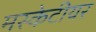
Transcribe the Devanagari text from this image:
मस्केटीयर